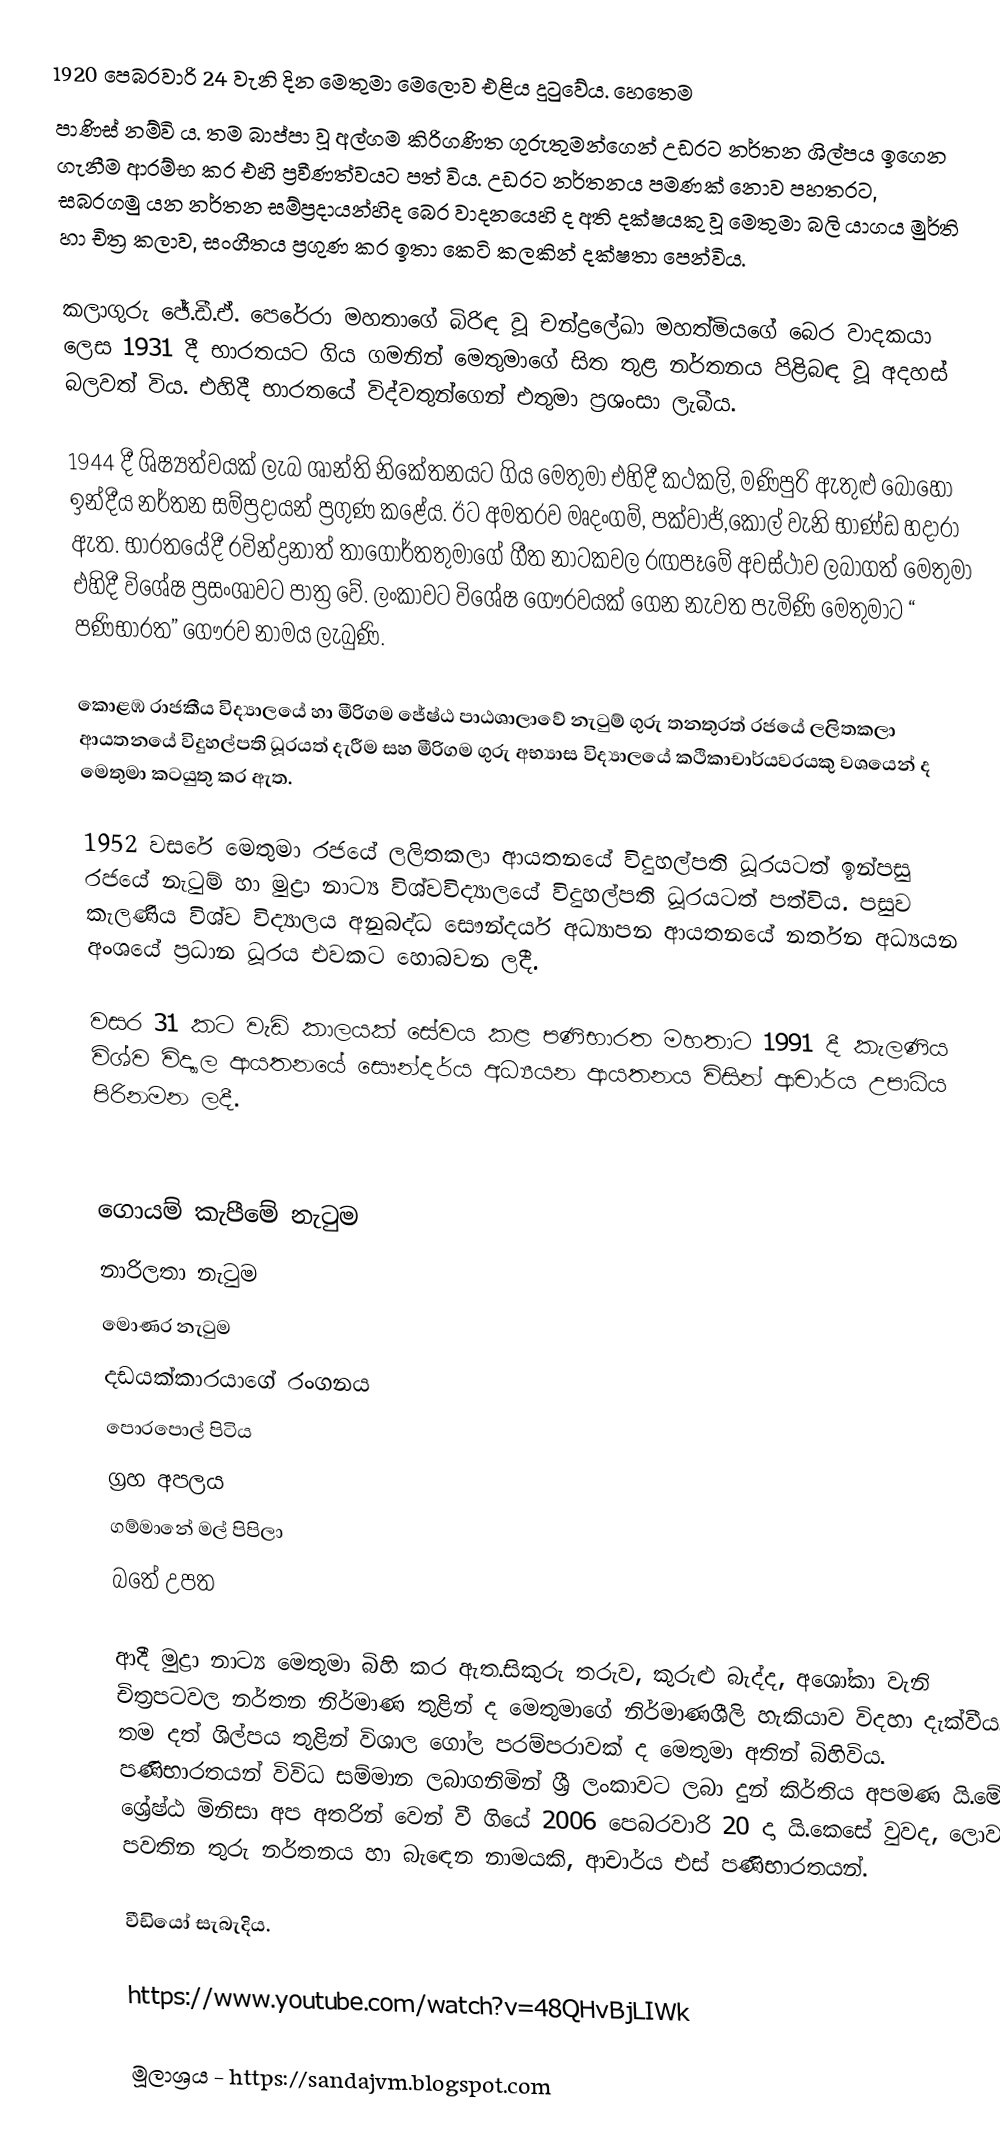
1920 පෙබරවාරි 24 වැනි දින මෙතුමා මෙලොව එළිය දුටුවේය. හෙතෙම
පාණිස් නම්වි ය. තම බාප්පා වූ අල්ගම කිරිගණිත ගුරුතුමන්ගෙන් උඩරට නර්තන ශිල්පය ඉගෙන ගැනීම ආරම්භ කර එහි ප්‍රවීණත්වයට පත් විය. උඩරට නර්තනය පමණක් නොව පහතරට, සබරගමු යන නර්තන සම්ප්‍රදායන්හිද බෙර වාදනයෙහි ද අති දක්ෂයකු වූ මෙතුමා බලි යාගය මුර්ති හා චිත්‍ර කලාව, සංගීතය ප්‍රගුණ කර ඉතා කෙටි කලකින් දක්ෂතා පෙන්විය.

කලාගුරු ජේ.ඩී.ඒ. පෙරේරා මහතාගේ බිරිඳ වූ චන්ද්‍රලේඛා මහත්මියගේ බෙර වාදකයා ලෙස 1931 දී භාරතයට ගිය ගමනින් මෙතුමාගේ සිත තුළ නර්තනය පිළිබඳ වූ අදහස් බලවත් විය. එහිදී භාරතයේ විද්වතුන්ගෙන් එතුමා ප්‍රශංසා ලැබීය.

1944 දී ශිෂ්‍යත්වයක් ලැබ ශාන්ති නිකේතනයට ගිය මෙතුමා එහිදී කථකලි, මණිපුරි ඇතුළු බොහෝ ඉන්දීය නර්තන සම්ප්‍රදායන් ප්‍රගුණ කළේය. ඊට අමතරව මෘදංගම්, පක්වාජ්,කෝල් වැනි භාණ්ඩ හදාරා ඇත. භාරතයේදී රවින්ද්‍රනාත් තාගෝර්තතුමාගේ ගීත නාටකවල රඟපෑමේ අවස්ථාව ලබාගත් මෙතුමා එහිදී විශේෂ ප්‍රසංශාවට පාත්‍ර වේ. ලංකාවට විශේෂ ගෞරවයක් ගෙන නැවත පැමිණි මෙතුමාට “ පණිභාරත” ගෞරව නාමය ලැබුණි.

කොළඹ රාජකීය විද්‍යාලයේ හා මීරිගම ජේෂ්ඨ පාඨශාලාවේ නැටුම් ගුරු තනතුරත් රජයේ ලලිතකලා ආයතනයේ විදුහල්පති ධූරයත් දැරීම සහ මීරිගම ගුරු අභ්‍යාස විද්‍යාලයේ කථිකාචාර්යවරයකු වශයෙන් ද මෙතුමා කටයුතු කර ඇත.

1952 වසරේ මෙතුමා රජයේ ලලිතකලා ආයතනයේ විදුහල්පති ධූරයටත් ඉන්පසු රජයේ නැටුම් හා මුද්‍රා නාට්‍ය විශ්වවිද්‍යාලයේ විදුහල්පති ධූරයටත් පත්විය. පසුව කැලණිය විශ්ව විද්‍යාලය අනුබද්ධ සෞන්දර්ය අධ්‍යාපන ආයතනයේ නර්තන අධ්‍යයන අංශයේ ප්‍රධාන ධූරය එවකට හොබවන ලදී.

වසර 31 කට වැඩි කාලයක් සේවය කළ පණිභාරත මහතාට 1991 දී කැලණිය විශ්ව විද්‍යාල ආයතනයේ සෞන්දර්ය අධ්‍යයන ආයතනය විසින් ආචාර්ය උපාධිය පිරිනමන ලදී.

   

 ගොයම් කැපීමේ නැටුම
 නාරිලතා නැටුම
 මොණර නැටුම
 දඩයක්කාරයාගේ රංගනය
 පොරපොල් පිටිය
 ග්‍රහ අපලය
 ගම්මානේ මල් පිපිලා
 බතේ උපත                                  

ආදී මුද්‍රා නාට්‍ය මෙතුමා බිහි කර ඇත.සිකුරු තරුව, කුරුළු බැද්ද, අශෝකා වැනි චිත්‍රපටවල නර්තන නිර්මාණ තුළින් ද මෙතුමාගේ නිර්මාණශීලි හැකියාව විදහා දැක්වීය. තම දත් ශිල්පය තුළින් විශාල ගෝල පරම්පරාවක් ද මෙතුමා අතින් බිහිවිය. පණිභාරතයන් විවිධ සම්මාන ලබාගනිමින් ශ්‍රී ලංකාවට ලබා දුන් කිර්තිය අපමණ යි.මේ ශ්‍රේෂ්ඨ මිනිසා අප අතරින් වෙන් වී ගියේ 2006 පෙබරවාරි 20 දා යි.කෙසේ වුවද, ලොව පවතින තුරු නර්තනය හා බැඳෙන නාමයකි, ආචාර්ය එස් පණිභාරතයන්.

වීඩියෝ සැබැදිය.

https://www.youtube.com/watch?v=48QHvBjLIWk

මූලාශ්‍රය - https://sandajvm.blogspot.com